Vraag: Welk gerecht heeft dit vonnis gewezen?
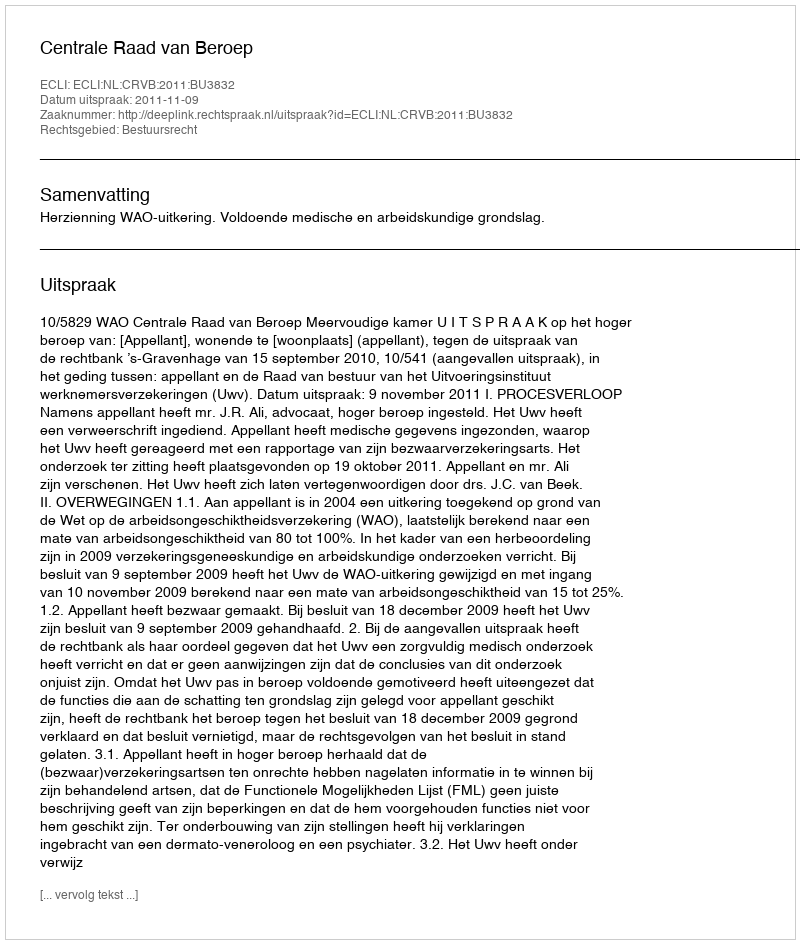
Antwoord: Centrale Raad van Beroep